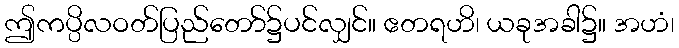
ဤကပ္ပိလဝတ်ပြည်တော်၌ပင်လျှင်။ ဧတရဟိ၊ ယခုအခါ၌။ အဟံ၊